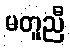
မတူညီ